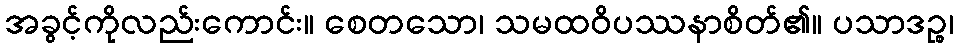
အခွင့်ကိုလည်းကောင်း။ စေတသော၊ သမထဝိပဿနာစိတ်၏။ ပသာဒဉ္စ၊